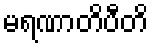
မရဏာတိပီတိ